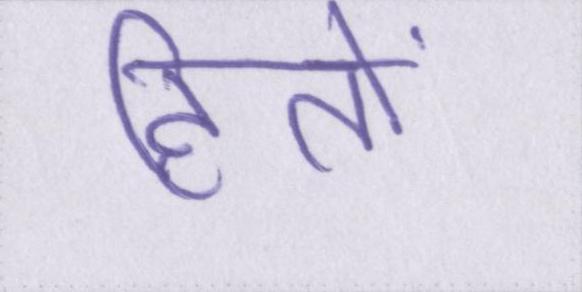
हितों